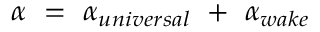
\alpha ~ = ~ \alpha _ { u n i v e r s a l } ~ + ~ \alpha _ { w a k e }